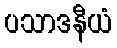
ပသာဒနီယံ